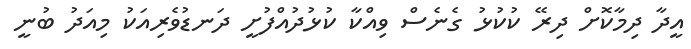
އީދާ ދިމާކޮށް ދިރޭ ކުކުޅު ގެނެސް ވިއްކާ ކުޅުދުއްފުށީ ދަނޑުވެރިއަކު މިއަދު ބުނީ